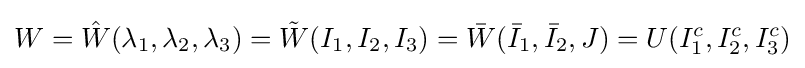
W={\hat {W}}(\lambda _{1},\lambda _{2},\lambda _{3})={\tilde {W}}(I_{1},I_{2},I_{3})={\bar {W}}({\bar {I}}_{1},{\bar {I}}_{2},J)=U(I_{1}^{c},I_{2}^{c},I_{3}^{c})